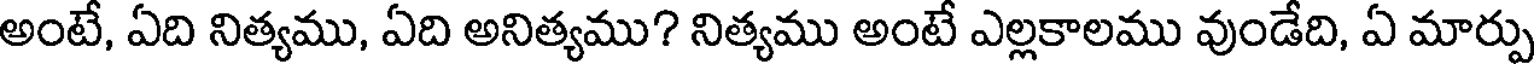
అంటే, ఏది నిత్యము, ఏది అనిత్యము? నిత్యము అంటే ఎల్లకాలము వుండేది, ఏ మార్పు